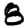
Digit: 8